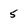
Character: 5